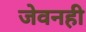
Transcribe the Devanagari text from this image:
जेवनही